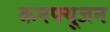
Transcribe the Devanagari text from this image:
कनफ्यूजन